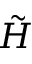
\tilde { H }